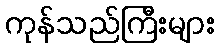
ကုန်သည်ကြီးများ